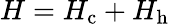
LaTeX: H=H_{\mathrm{c}}+H_{\mathrm{h}}